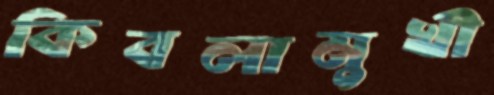
কিবলামুখী